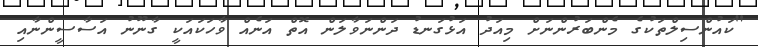
"ކައުންސިލްތަކުގެ މެންބަރުންނަށް މިއަދު އަޅުގަނޑު ދަންނަވާލަން އޮތް އަނެއް ވާހަކައަކީ ގާނޫނު އަސާސީންނާއި